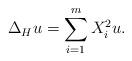
LaTeX: \begin{align*}\Delta_{H} u = \sum_{i=1}^m X_{i}^2 u.\end{align*}